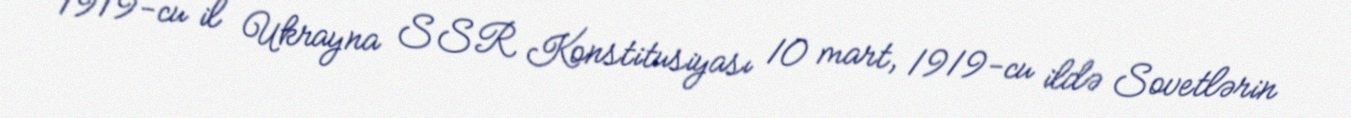
1919-cu il Ukrayna SSR Konstitusiyası 10 mart, 1919-cu ildə Sovetlərin